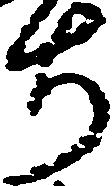
ち